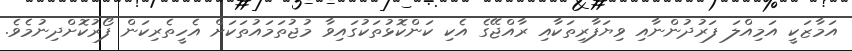
އަމާޒަކީ އަމިއްލަ ފަރުދުންނާއި ވިޔަފާރިތަކާއި ރާއްޖޭގެ އެކި ކަންކޮޅުތަކުގައިވާ މުޖުތަމައުތަކަށް އެހީތެރިކަން ފޯރުކޮށްދިނުމެވެ.